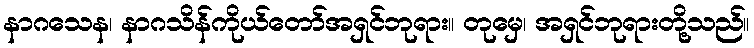
နာဂသေန၊ နာဂသိန်ကိုယ်တော်အရှင်ဘုရား။ တုမှေ၊ အရှင်ဘုရားတို့သည်။